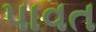
પાવત